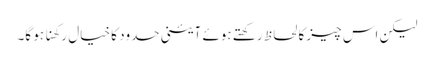
لیکن اس چیز کا لحاظ رکھتے ہوئے آئینی حدود کا خیال رکھنا ہو گا۔